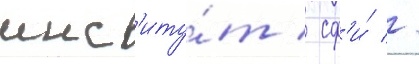
инст'иту́т / сф'и́ //